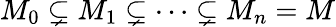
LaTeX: M_{0}\subsetneq M_{1}\subsetneq\cdots\subsetneq M_{n}=M